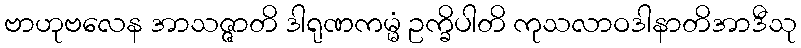
ဗာဟုဗလေန အာသဇ္ဇာတိ ဒါရုဏကမ္မံ ဥက္ခိပါတိ ကုသလာဝဒါနာတိအာဒီသု